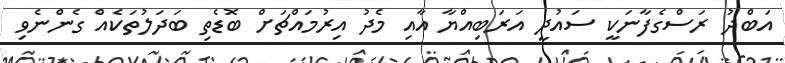
އަބްދު ރަސްގެފާނަކީ ސައުދީ އަރަބިއްޔާ އާއި މެދު އިރުމައްޗަށް ބޮޑެތި ބަދަލުތަކެއް ގެންނެވި